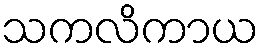
သကလိကာယ